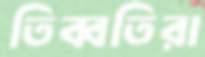
তিব্বতিরা